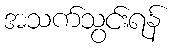
အသက်သွင်းရန်